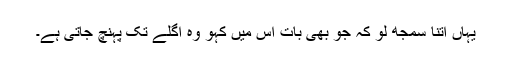
یہاں اتنا سمجھ لو کہ جو بھی بات اس میں کہو وہ اگلے تک پہنچ جاتی ہے۔